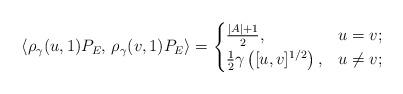
LaTeX: \begin{align*} \langle \rho_\gamma(u,1) P_E,\, \rho_\gamma(v,1) P_E \rangle = \begin{cases}\frac{ |A| + 1 }{2}, & u=v; \\\frac{1}{2} \gamma \left( [u,v]^{1/2} \right), & u \neq v;\end{cases}\end{align*}